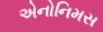
એનોનિમસ